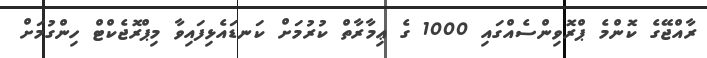
ރާއްޖޭގެ ކޮންމެ ޕްރޮވިންސެއްގައި 1000 ގެ ޢިމާރާތް ކުރުމަށް ކަނޑައެޅިފައިވާ މިޕްރޮޖެކްޓް ހިންގުމަށް